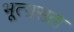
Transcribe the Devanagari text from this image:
भूत्ग्रसत